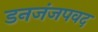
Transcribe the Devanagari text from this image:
डनजंजपवद